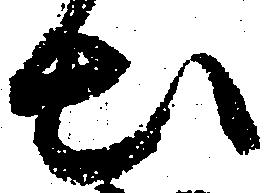
出